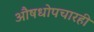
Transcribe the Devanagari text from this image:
औषधोपचारही